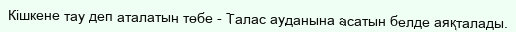
Кішкене тау деп аталатын төбе - Талас ауданына асатын белде аяқталады.